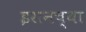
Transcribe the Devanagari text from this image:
इरानच्या